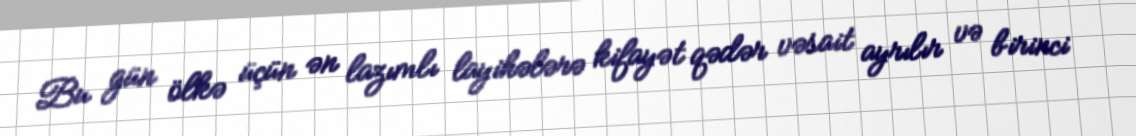
Bu gün ölkə üçün ən lazımlı layihələrə kifayət qədər vəsait ayrılır və birinci